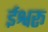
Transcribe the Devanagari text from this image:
ईश्वरू